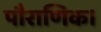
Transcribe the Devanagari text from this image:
पौराणिक।